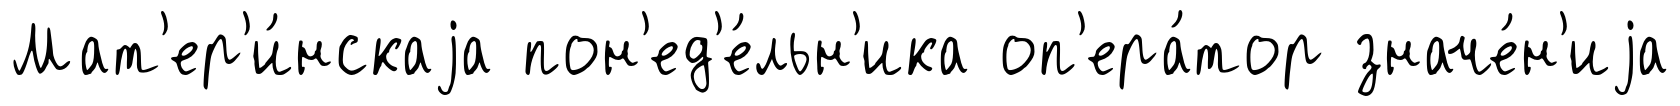
Мат'ер'и́нскаjа пон'ед'е́льн'ика оп'ера́тор значе́н'иjа